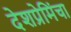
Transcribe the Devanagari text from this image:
देशप्रेमिंचा